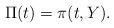
LaTeX: \begin{align*}\Pi(t)=\pi(t,Y).\end{align*}